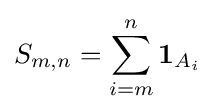
S_{m,n}=\sum _{i=m}^{n}\mathbf {1} _{A_{i}}